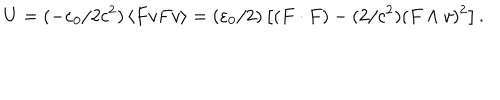
LaTeX: U = ( - \varepsilon _ { 0 } / 2 c ^ { 2 } ) \left\langle F v F v \right\rangle = ( \varepsilon _ { 0 } / 2 ) \left[ ( F \cdot F ) - ( 2 / c ^ { 2 } ) ( F \wedge v ) ^ { 2 } \right] .